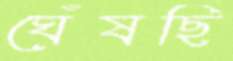
ঘেঁষছি